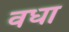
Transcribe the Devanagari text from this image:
वधा